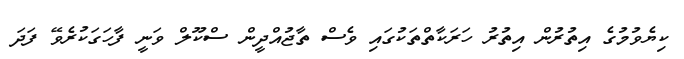
ކިޔެވުމުގެ އިތުރުން އިތުރު ހަރަކާތްތަކުގައި ވެސް ތާޖުއްދީން ސްކޫލް ވަނީ ފާހަގަކުރެވޭ ފަދަ